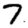
Digit: 7